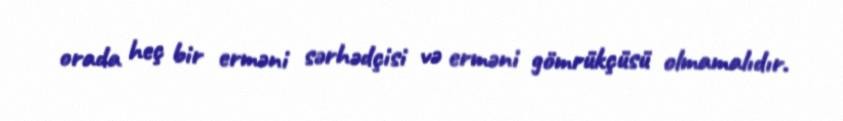
orada heç bir erməni sərhədçisi və erməni gömrükçüsü olmamalıdır.